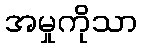
အမှုကိုသာ